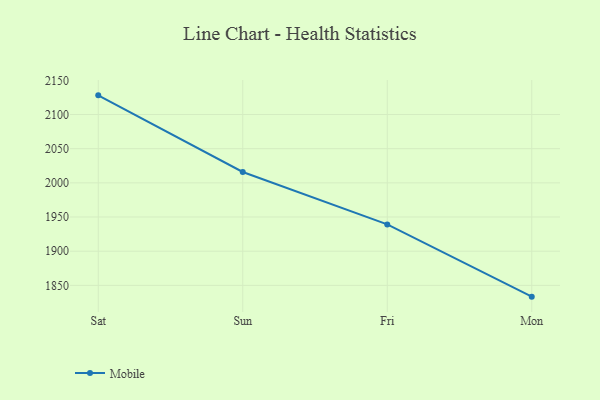
{"axis": {"x": "Day", "y": "Gross Profit (USD K)"}, "legend": ["Mobile"], "data": [{"x": "Sat", "y": 2128.0, "type": "Mobile"}, {"x": "Sun", "y": 2015.9, "type": "Mobile"}, {"x": "Fri", "y": 1939.2, "type": "Mobile"}, {"x": "Mon", "y": 1833.5, "type": "Mobile"}]}